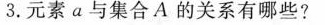
3.元素a与集合A的关系有哪些?